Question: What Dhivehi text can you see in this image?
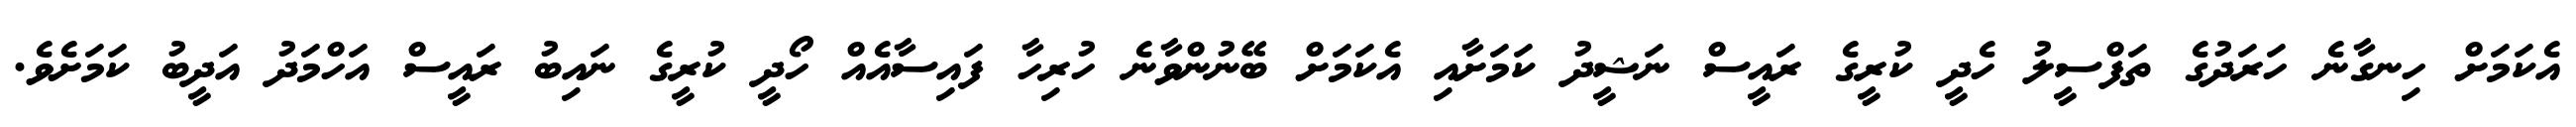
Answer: އެކަމަށް ހިނގާނެ ހަރަދުގެ ތަފްސީލު ހެދީ ކުރީގެ ރައީސް ނަޝީދު ކަމަށާއި އެކަމަށް ބޭނުންވާނެ ހުރިހާ ފައިސާއެއް ހޯދީ ކުރީގެ ނައިބު ރައީސް އަހްމަދު އަދީބު ކަމަށެވެ.